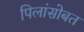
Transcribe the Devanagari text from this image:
पिलांसोबत